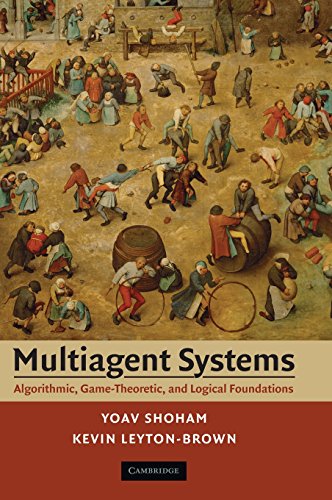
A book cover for Multiagent Systems: Algorithmic, Game-Theoretic, and Logical Foundations; Yoav Shoham; Science & Math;